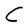
Character: C